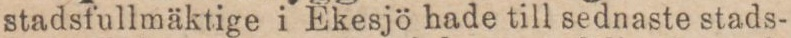
stadsfullmäktige i Ekesjö hade till sednaste stads-